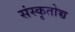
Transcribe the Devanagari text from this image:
संस्कृतोच्च